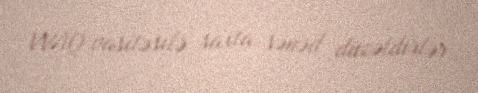
VVAQ vasitəsilə saxta sənəd düzəldirlər.